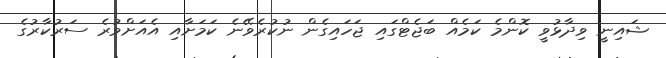
ޝައިނީ ވިދާޅުވީ ކޮންމެ ކަމެއް ބަޖެޓްގައި ޖަހައިގެން ނުކުރެވޭނެ ކަމަށާއި އެއަށްވުރެ ސަރުކާރުގެ